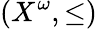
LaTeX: (X^{\omega},\leq)